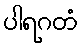
ပါရဂတံ